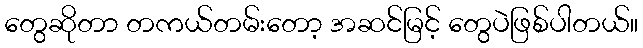
တွေဆိုတာ တကယ်တမ်းတော့ အဆင်မြင့် တွေပဲဖြစ်ပါတယ်။